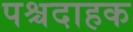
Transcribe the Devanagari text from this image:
पश्चदाहक